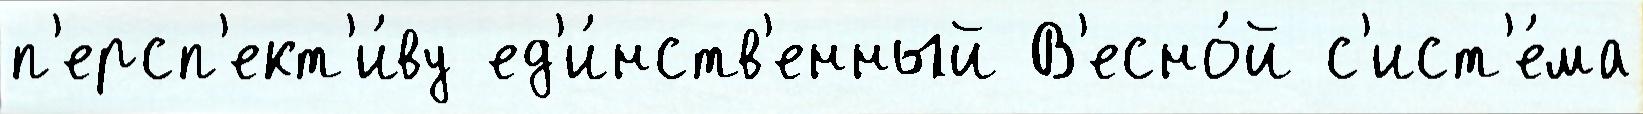
п'ерсп'ект'и́ву ед'и́нств'енный В'есно́й с'ист'е́ма